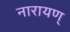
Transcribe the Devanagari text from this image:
नारायण्